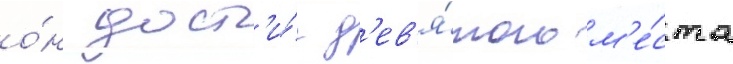
о́н дост'и́г д'ев'я́того м'е́ста